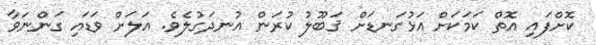
ކޮށްފައި އޮތް ކަމަކަށް އަޅުގަނޑަށް ޤަބޫލު ކުރަން އުނދަގުލެވެ. އަލަށް ވަޑައި ގަންނަވާ